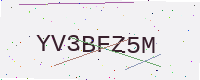
Text: YV3BFZ5M